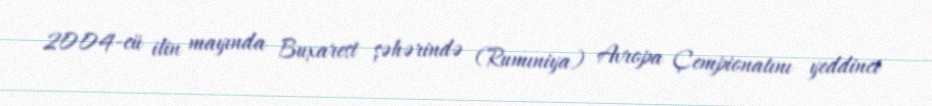
2004-cü ilin mayında Buxarest şəhərində (Rumıniya) Avropa Çempionatını yeddinci